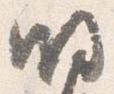
明